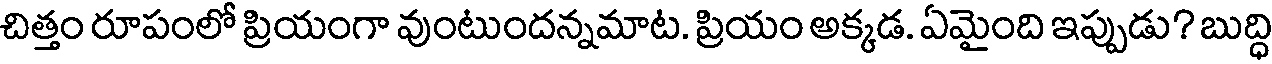
చిత్తం రూపంలో ప్రియంగా వుంటుందన్నమాట. ప్రియం అక్కడ. ఏమైంది ఇప్పుడు? బుద్ధి